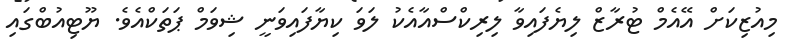
މިއުޒިކަށް އޭއެމް ޓުރާޒް ލިޔެފައިވާ ލިރިކްސްއާއެކު ލަވަ ކިޔާފައިވަނީ ޝިވަމް ޕަތަކްއެވެ. ޔޫޓިއުބްގައި